Plague in India, 1896, 1897 - Volume 3
Year: 1896
Disease focus: Plague
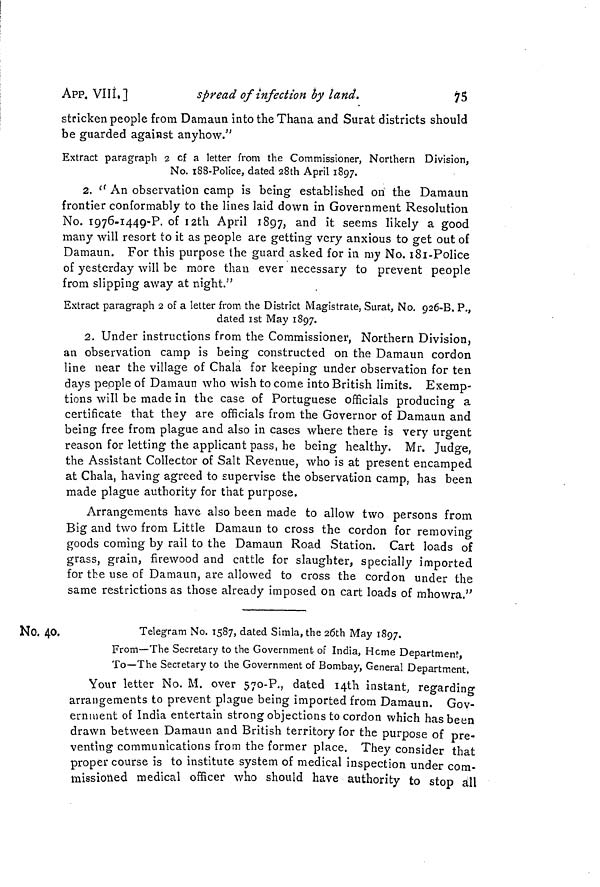
75
APP, VIII.]
spread of infection by land.
stricken people from Damaun into the Thana and Surat districts should
be guarded against anyhow."
Extract paragraph 2 cf a letter from the Commissioner, Northern Division,
No. 188-Police, dated 28th April 1897.
2. " An observation camp is being established on the Damaun
frontier conformably to the lines laid down in Government Resolution
No. 1976-1449-P. of 12th April 1897, and it seems likely a good
many will resort to it as people are getting very anxious to get out of
Damaun. For this purpose the guard asked for in my No. 181-Police
of yesterday will be more than ever necessary to prevent people
from slipping away at night."
Extract paragraph 2 of a letter from the District Magistrate, Surat, No. 926-B. P.,
dated 1st May 1897.
2. Under instructions from the Commissioner, Northern Division,
an observation camp is being constructed on the Damaun cordon
line near the village of Chala for keeping under observation for ten
days people of Damaun who wish to come into British limits. Exemp-
tions will be made in the case of Portuguese officials producing a
certificate that they are officials from the Governor of Damaun and
being free from plague and also in cases where there is very urgent
reason for letting the applicant pass, he being healthy. Mr. Judge,
the Assistant Collector of Salt Revenue, who is at present encamped
at Chala, having agreed to supervise the observation camp, has been
made plague authority for that purpose.
Arrangements have also been made to allow two persons from
Big and two from Little Damaun to cross the cordon for removing
goods coming by rail to the Damaun Road Station. Cart loads of
grass, grain, firewood and cattle for slaughter, specially imported
for the use of Damaun, are allowed to cross the cordon under the
same restrictions as those already imposed on cart loads of mhowra."
No. 40.
Telegram No. 1587, dated Simla, the 26th May 1897.
From—The Secretary to the Government of India, Home Department
To—The Secretary to the Government of Bombay, General Department.
Your letter No. M. over 57°-P., dated 14th instant, regarding
arrangements to prevent plague being imported from Damaun. Gov-
ernment of India entertain strong objections to cordon which has been
drawn between Damaun and British territory for the purpose of pre-
venting communications from the former place. They consider that
proper course is to institute system of medical inspection under com-
missioned medical officer who should have authority to stop all